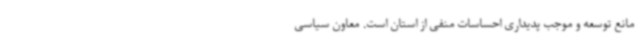
مانع توسعه و موجب پدیداری احساسات منفی از استان است. معاون سیاسی